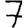
Digit: 7